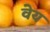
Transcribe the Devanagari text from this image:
वेय